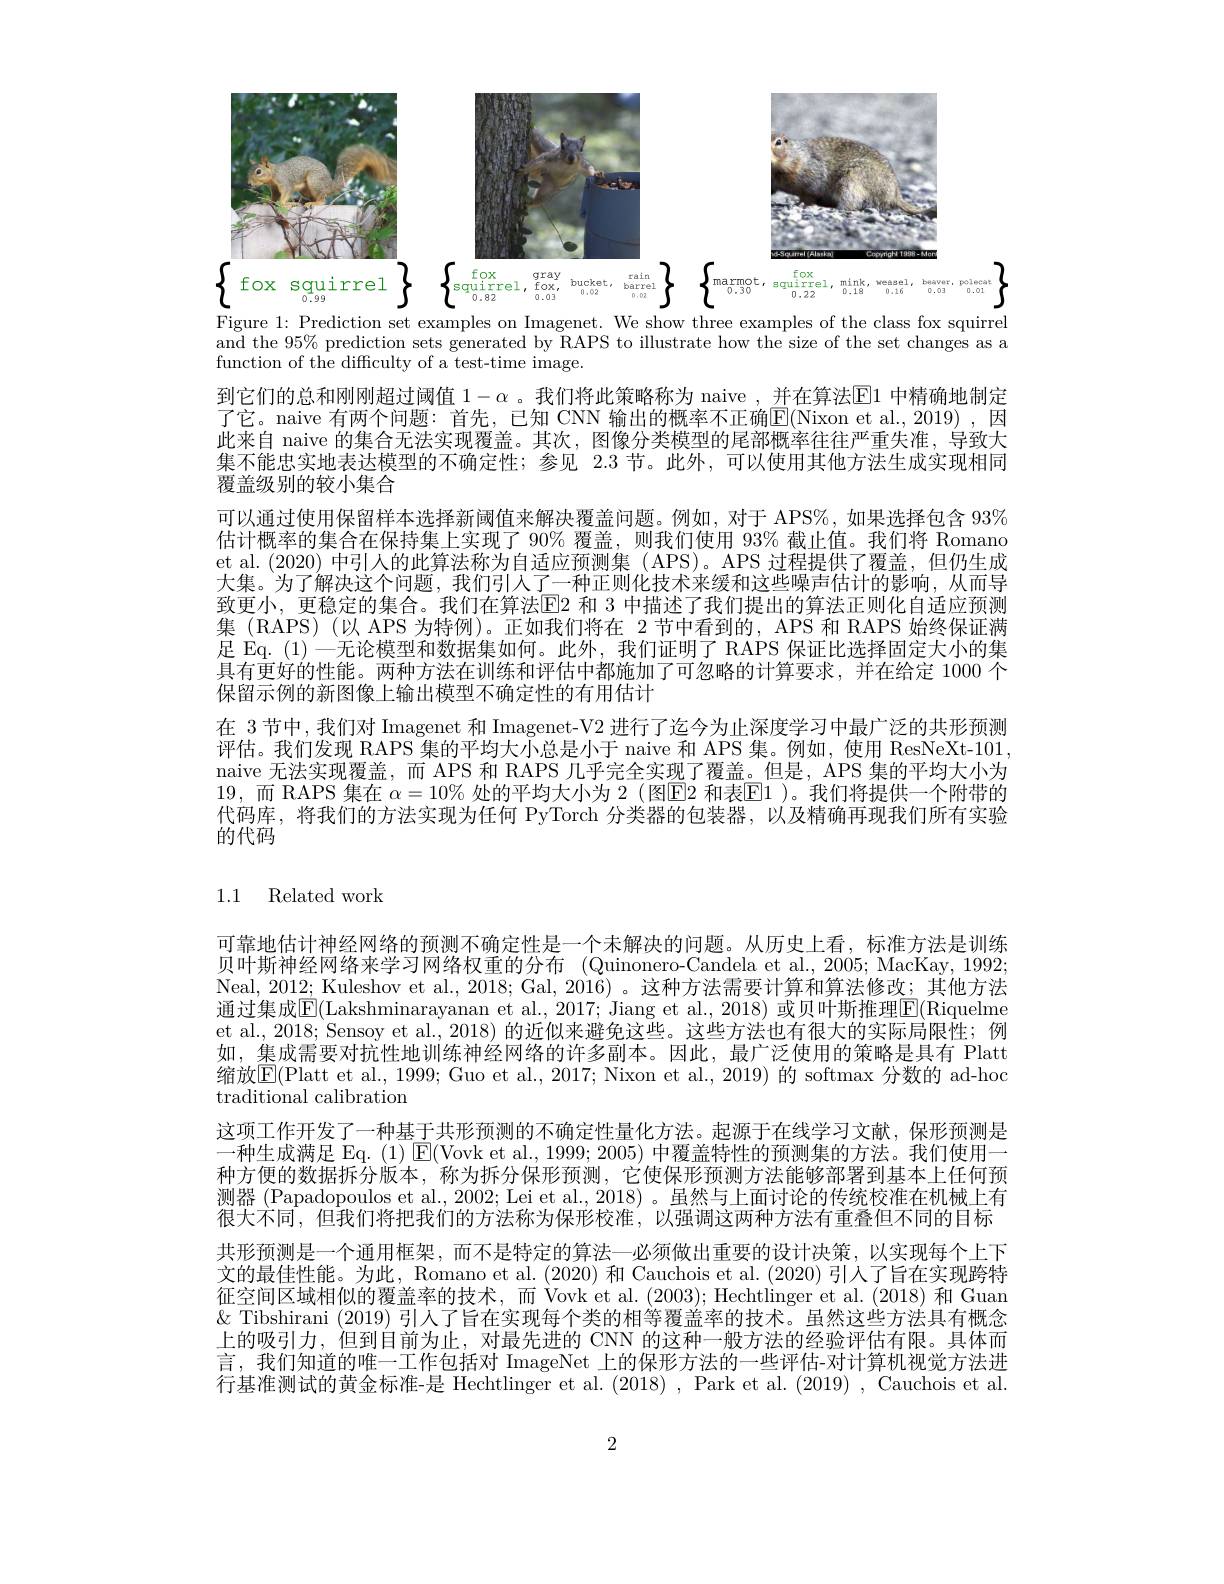
<FigureHere>
Figure 1: Prediction set examples on Imagenet. We show three examples of the class fox squirrel

and the $95\%$ prediction sets generated by RAPS to illustrate how the size of the set changes as a
function of the difficulty of a test-time image.

到它们的总和刚刚超过阈值 $1-\alpha$。我们将此策略称为 naive , 并在算法$\overline{\mathrm{E}}1$ 中精确地制定了它。naive 有两个问题：首先，已知 CNN 输出的概率不正确E(Nixon et al.,2019),因此来自 naive 的集合无法实现覆盖。其次，图像分类模型的尾部概率往往严重失准，导致大集不能忠实地表达模型的不确定性；参见 2.3 节。此外，可以使用其他方法生成实现相同覆盖级别的较小集合
可以通过使用保留样本选择新阈值来解决覆盖问题。例如，对于 APS%,如果选择包含 93% 估计概率的集合在保持集上实现了 90% 覆盖，则我们使用 93% 截止值。我们将 Romano et al. (2020) 中引人的此算法称为自适应预测集 (APS)。APS 过程提供了覆盖，但仍生成大集。为了解决这个问题，我们引人了一种正则化技术来缓和这些噪声估计的影响，从而导致更小，更稳定的集合。我们在算法$\overline{\mathrm{E}}$2 和 3 中描述了我们提出的算法正则化自适应预测集 (RAPS)(以 APS 为特例)。正如我们将在 2 节中看到的，APS 和 RAPS 始终保证满足 Eq. (1) 一无论模型和数据集如何。此外，我们证明了 RAPS 保证比选择固定大小的集具有更好的性能。两种方法在训练和评估中都施加了可忽略的计算要求，并在给定 1000 个保留示例的新图像上输出模型不确定性的有用估计
在 3 节中，我们对 Imagenet 和 Imagenet-V2 进行了迄今为止深度学习中最广泛的共形预测评估。我们发现 RAPS 集的平均大小总是小于 naive 和 APS 集。例如，使用 ResNeXt-101. naive 无法实现覆盖，而 APS 和 RAPS 几乎完全实现了覆盖。但是，APS 集的平均大小为19, 而 RAPS 集在 $\alpha=10\%$ 处的平均大小为 2 (图E2 和表E1 )。我们将提供一个附带的代码库，将我们的方法实现为任何 PyTorch 分类器的包装器，以及精确再现我们所有实验的代码

# 1.1 Related work

可靠地估计神经网络的预测不确定性是一个未解决的问题。从历史上看，标准方法是训练贝叶斯神经网络来学习网络权重的分布 (Quinonero-Candela et al., 2005; MacKay, 1992; Neal, 2012; Kuleshov et al., 2018; Gal, 2016)。这种方法需要计算和算法修改；其他方法通过集成$\mathbb{E}($Lakshminarayanan et al., 2017; Jiang et al., 2018) 或贝叶斯推理$\overline{\mathrm{E}}($Riquelme et al., 2018; Sensoy et al., 2018) 的近似来避免这些。这些方法也有很大的实际局限性；例如，集成需要对抗性地训练神经网络的许多副本。因此，最广泛使用的策略是具有 Platt 缩放$\overline{\mathrm{E}}($Platt et al., 1999; Guo et al., 2017; Nixon et al., 2019) 的 softmax 分数的 ad-hoc traditional calibration
这项工作开发了一种基于共形预测的不确定性量化方法。起源于在线学习文献，保形预测是一种生成满足 Eq. (1) $\operatorname{E}($Vovk et al., 1999; 2005) 中覆盖特性的预测集的方法。我们使用一种方便的数据拆分版本，称为拆分保形预测，它使保形预测方法能够部署到基本上任何预测器 (Papadopoulos et al., 2002; Lei et al., 2018) 。虽然与上面讨论的传统校准在机械上有很大不同，但我们将把我们的方法称为保形校准，以强调这两种方法有重叠但不同的目标共形预测是一个通用框架，而不是特定的算法—必须做出重要的设计决策，以实现每个上下文的最佳性能。为此，Romano et al. (2020)和 Cauchois et al. (2020)引人了旨在实现跨特征空间区域相似的覆盖率的技术，而 Vovk et al.(2003); Hechtlinger et al.(2018) 和 Guan & Tibshirani (2019) 引入了旨在实现每个类的相等覆盖率的技术。虽然这些方法具有概念上的吸引力，但到目前为止，对最先进的 CNN 的这种一般方法的经验评估有限。具体而言，我们知道的唯一工作包括对 ImageNet 上的保形方法的一些评估-对计算机视觉方法进行基准测试的黄金标准-是 Hechtlinger et al. (2018), Park et al. (2019), Cauchois et al.

2